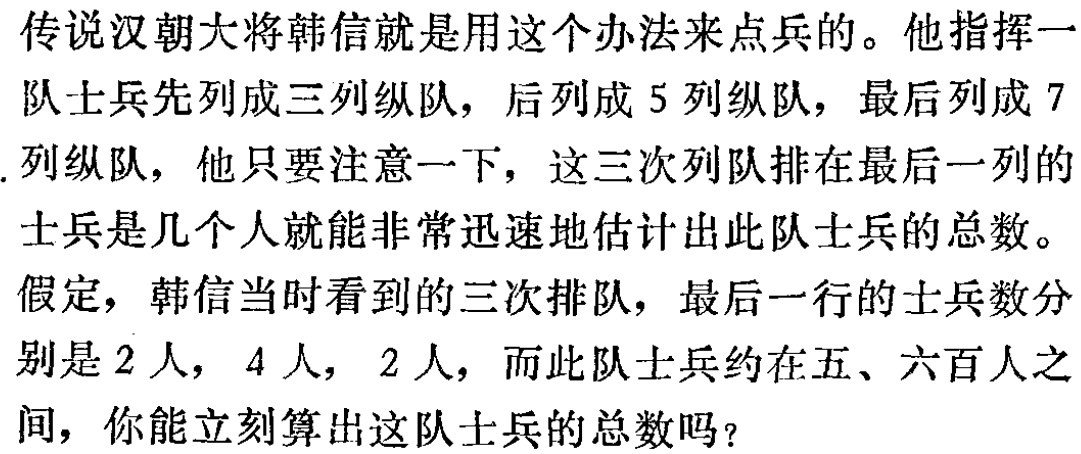
传说汉朝大将韩信就是用这个办法来点兵的。他指挥一队士兵先列成三列纵队，后列成 5 列纵队，最后列成 7列纵队，他只要注意一下，这三次列队排在最后一列的士兵是几个人就能非常迅速地估计出此队士兵的总数。假定，韩信当时看到的三次排队，最后一行的士兵数分别是 2 人， 4 人， 2 人，而此队士兵约在五、六百人之间，你能立刻算出这队士兵的总数吗？